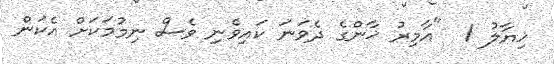
ޚިޔާލު 1  "އާމިރު ޚާންގެ ދެވަނަ ކައިވެނި ވެސް ނިމުމަކަށް އެކަން